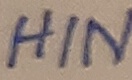
Text: HIN